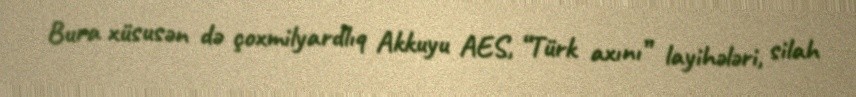
Bura xüsusən də çoxmilyardlıq Akkuyu AES, “Türk axını” layihələri, silah